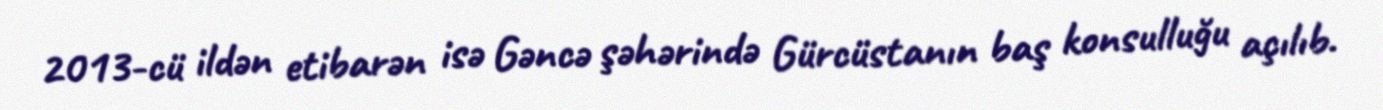
2013-cü ildən etibarən isə Gəncə şəhərində Gürcüstanın baş konsulluğu açılıb.